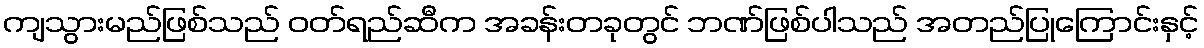
ကျသွားမည်ဖြစ်သည် ဝတ်ရည်ဆီက အခန်းတခုတွင် ဘဏ်ဖြစ်ပါသည် အတည်ပြုကြောင်းနှင့်